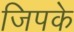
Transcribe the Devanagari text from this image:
जिपके